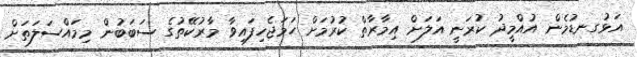
އަޅުގނޑުމެން އުއްމީދު ކުރަނީ އަލަށް އިމާރާތް ކުރުމަށް ހަމަޖެހިފައިވާ މާރުކޭތުގެ ސަބަބުން މިމައްސަލަތަށް